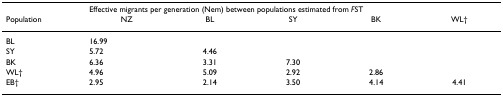
|  | <COLSPAN=5> Effective migrants per generation (Nem) between populations estimated from FST |
 | Population | NZ | BL | SY | BK | WL† |
 | --- | --- | --- | --- | --- | --- |
 | BL | 16.99 |  |  |  |  |
 | SY | 5.72 | 4.46 |  |  |  |
 | BK | 6.36 | 3.31 | 7.30 |  |  |
 | WL† | 4.96 | 5.09 | 2.92 | 2.86 |  |
 | EB† | 2.95 | 2.14 | 3.50 | 4.14 | 4.41 |